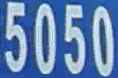
5050